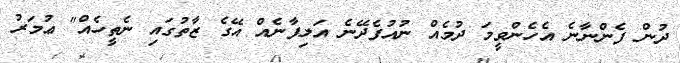
ދުން ފެންނާނެ އެހެންވީމަ ދުމެއް ނުއުފެދޭނެ އަލިފާނެއް އޭގެ ޒާތުގައި ނެތީހެއް" ޢުމަރު